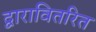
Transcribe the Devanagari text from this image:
द्वारावितरित